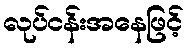
လုပ်ငန်းအနေဖြင့်